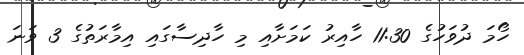
ހޯމަ ދުވަހުގެ 11:30 ހާއިރު ކަމަށާއި މި ހާދިސާގައި އިމާރަތުގެ 3 ވަނަ